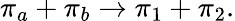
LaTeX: \pi_{a}+\pi_{b}\rightarrow\pi_{1}+\pi_{2}.